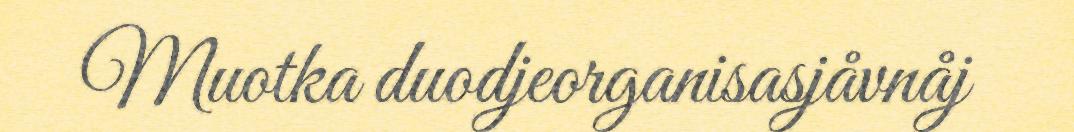
Muotka duodjeorganisasjåvnåj